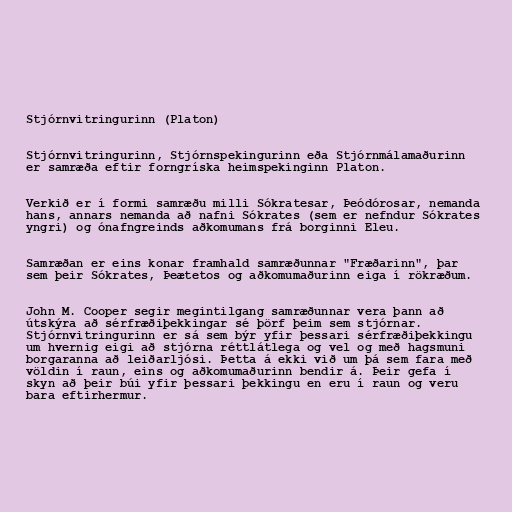
Stjórnvitringurinn (Platon)

Stjórnvitringurinn, Stjórnspekingurinn eða Stjórnmálamaðurinn
er samræða eftir forngríska heimspekinginn Platon.

Verkið er í formi samræðu milli Sókratesar, Þeódórosar, nemanda
hans, annars nemanda að nafni Sókrates (sem er nefndur Sókrates
yngri) og ónafngreinds aðkomumans frá borginni Eleu.

Samræðan er eins konar framhald samræðunnar "Fræðarinn", þar
sem þeir Sókrates, Þeætetos og aðkomumaðurinn eiga í rökræðum.

John M. Cooper segir megintilgang samræðunnar vera þann að
útskýra að sérfræðiþekkingar sé þörf þeim sem stjórnar.
Stjórnvitringurinn er sá sem býr yfir þessari sérfræðiþekkingu
um hvernig eigi að stjórna réttlátlega og vel og með hagsmuni
borgaranna að leiðarljósi. Þetta á ekki við um þá sem fara með
völdin í raun, eins og aðkomumaðurinn bendir á. Þeir gefa í
skyn að þeir búi yfir þessari þekkingu en eru í raun og veru
bara eftirhermur.